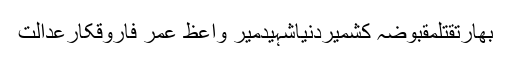
بھارتقتلمقبوضہ کشمیردنیاشہیدمیر واعظ عمر فاروقکارعدالت